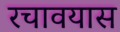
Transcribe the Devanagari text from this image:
रचावयास